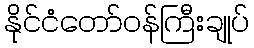
နိုင်ငံတော်ဝန်ကြီးချုပ်